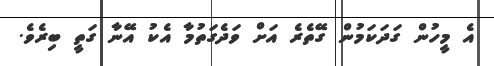
އެ މީހުން ގަދަކަމުން ގޭތެރެ އަށް ވަދެގަތުމާ އެކު އޭނާ ގަތީ ބިރެވެ.